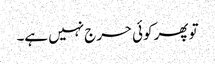
تو پھر کوئی حرج نہیں ہے۔